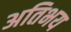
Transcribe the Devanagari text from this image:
अतिभय